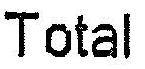
TOTAL